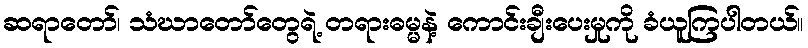
ဆရာတော်၊ သံဃာတော်တွေရဲ့ တရားဓမ္မနဲ့ ကောင်းချီးပေးမှုကို ခံယူကြပါတယ်။